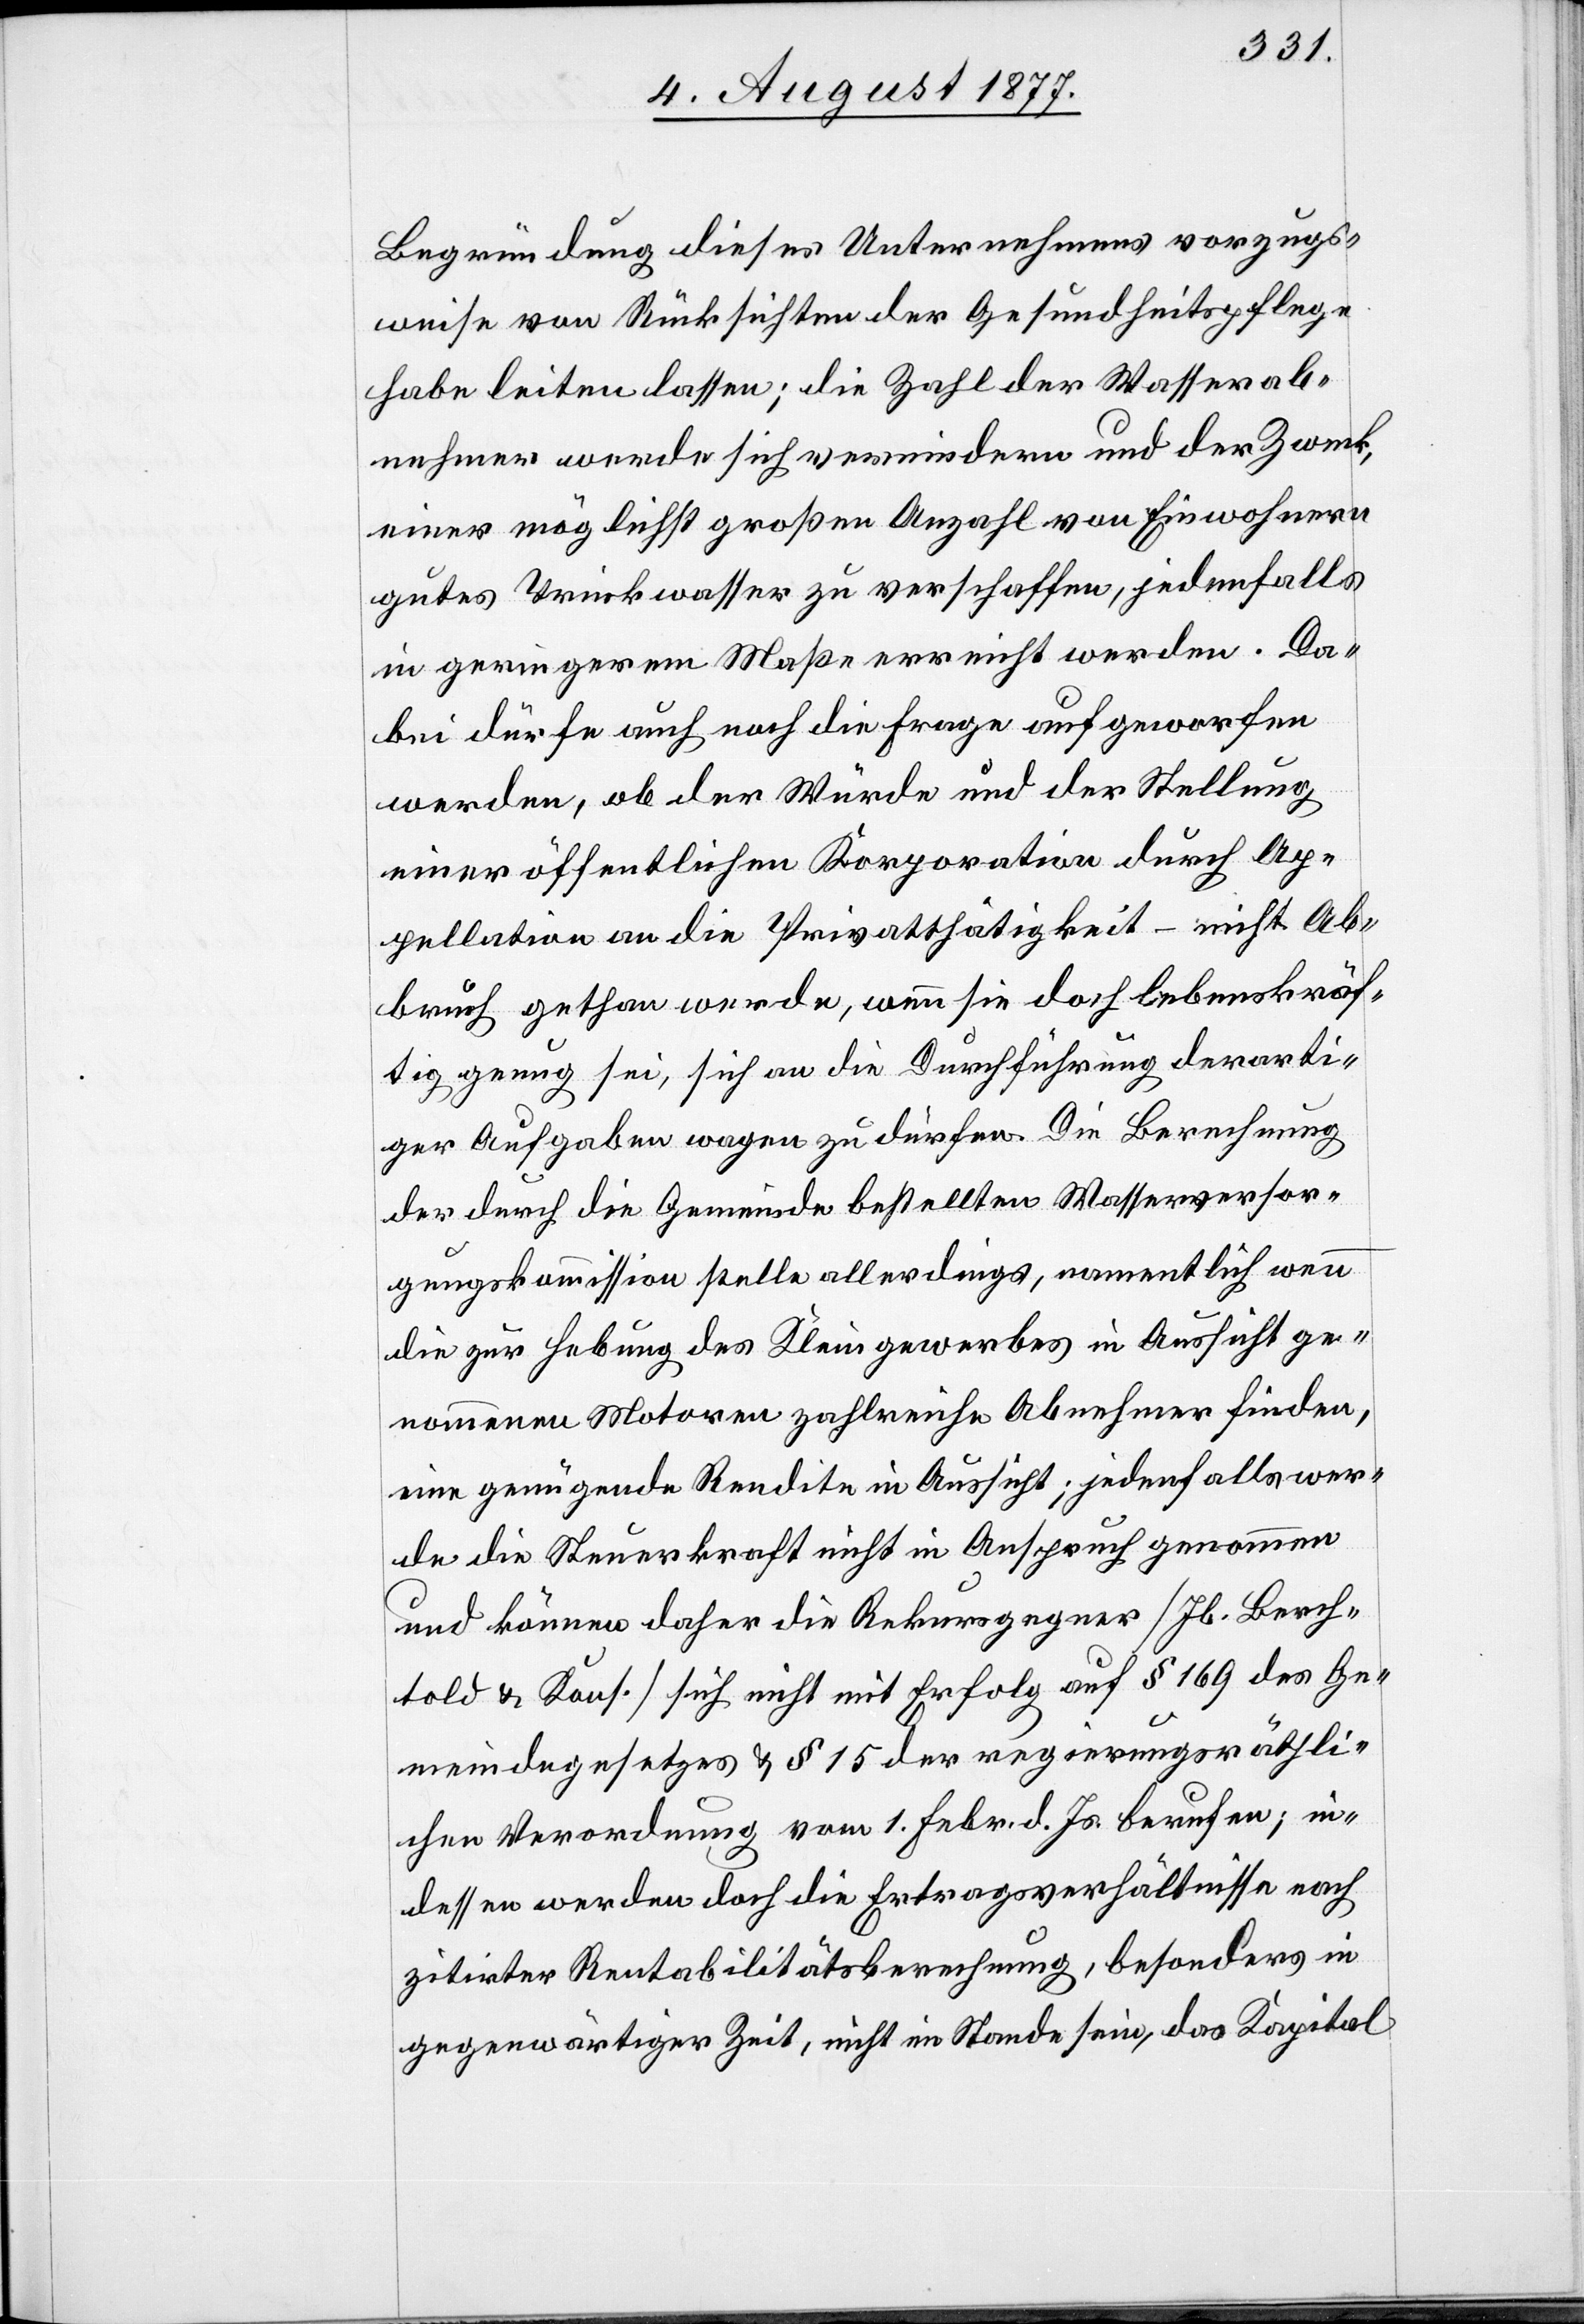
Begründung dieses Unternehmens vorzugs¬
weise von Rücksichten der Gesundheitspflege
habe leiten lassen; die Zahl der Wasserab¬
nehmer werde sich vermindern und der Zweck,
einer möglichst großen Anzahl von Einwohnern
gutes Trinkwasser zu verschaffen, jedenfalls
in geringerem Maße erreicht werden. Da¬
bei dürfe auch noch die Frage aufgeworfen
werden, ob der Würde und der Stellung
einer öffentlichen Korporation durch Ap¬
pellation an die Privatthätigkeit – nicht Ab¬
bruch gethan werde, wenn sie doch lebenskräf¬
tig genug sei, sich an die Durchführung derarti¬
ger Aufgaben wagen zu dürfen. Die Berechnung
der durch die Gemeinde bestellten Wasserversor¬
gungskommission stelle allerdings, namentlich wenn
die zur Hebung des Kleingewerbes in Aussicht ge¬
nommenen Motoren zahlreiche Abnehmer finden,
eine genügende Rendite in Aussicht; jedenfalls wer¬
de die Steuerkraft nicht in Anspruch genommen
und können daher die Rekursgegner [Jb. Berch¬
told & Kons.] sich nicht mit Erfolg auf § 169 des Ge¬
meindegesetzes & § 15 der regierungsräthli¬
chen Verordnung vom 1. Febr. d. Js. berufen; in¬
dessen werden doch die Ertragsverhältnisse nach
zitirter Rentabilitätsberechnung, besonders in
gegenwärtiger Zeit, nicht im Stande sein, das Kapital